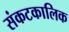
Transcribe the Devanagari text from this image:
संकटकालिक